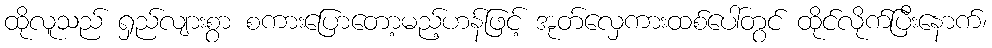
ထိုလူသည် ရှည်လျားစွာ စကားပြောတော့မည့်ဟန်ဖြင့် အုတ်လှေကားထစ်ပေါ်တွင် ထိုင်လိုက်ပြီးနောက်၊